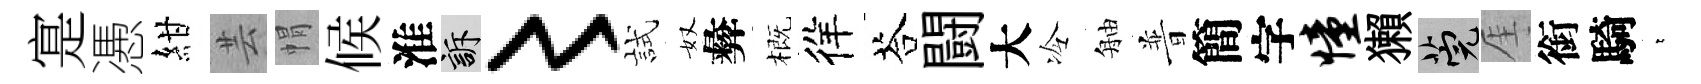
寔慿紺芸㡌候淮訴〻試奴彜概徉荅闘大冷舳普簡字憧獺筦厓銜騎萋